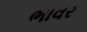
ભાવર